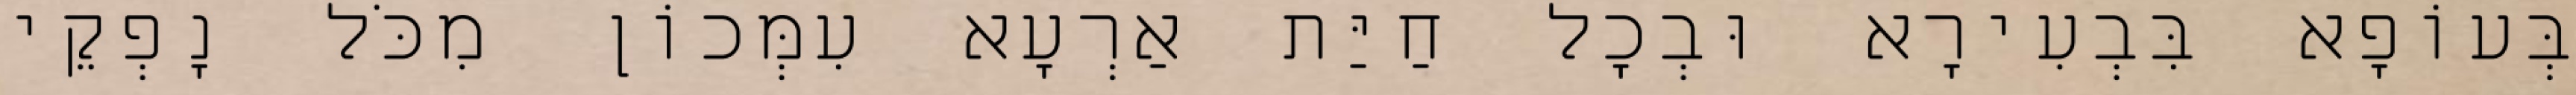
בְּעוֹפָא בִּבְעִירָא וּבְכָל חַיַּת אַרְעָא עִמְּכוֹן מִכֹּל נָפְקֵי